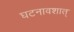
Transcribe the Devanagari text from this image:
घटनावशात्